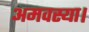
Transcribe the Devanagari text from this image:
अमवस्या।